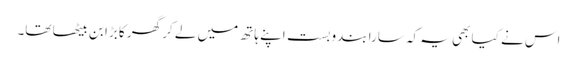
اس نے کیا بھی یہ کہ سارا بندوبست اپنے ہاتھ میں لے کر گھر کا بڑا بن بیٹھا تھا۔